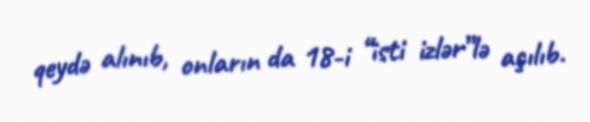
qeydə alınıb, onların da 18-i “isti izlər”lə açılıb.